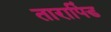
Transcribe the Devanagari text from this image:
तारापिंड